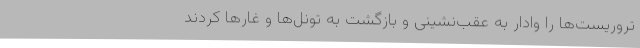
تروریست‌ها را وادار به عقب‌نشینی و بازگشت به تونل‌ها و غارها کردند